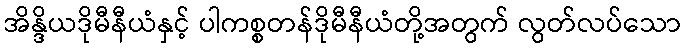
အိန္ဒိယဒိုမီနီယံနှင့် ပါကစ္စတန်ဒိုမီနီယံတို့အတွက် လွတ်လပ်သော